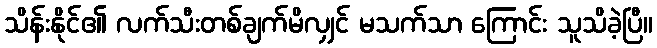
သိန်းနိုင်၏ လက်သီးတစ်ချက်မိလျှင် မသက်သာ ကြောင်း သူသိခဲ့ပြီ။